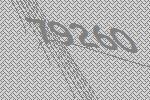
79260